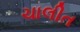
ચાલીત